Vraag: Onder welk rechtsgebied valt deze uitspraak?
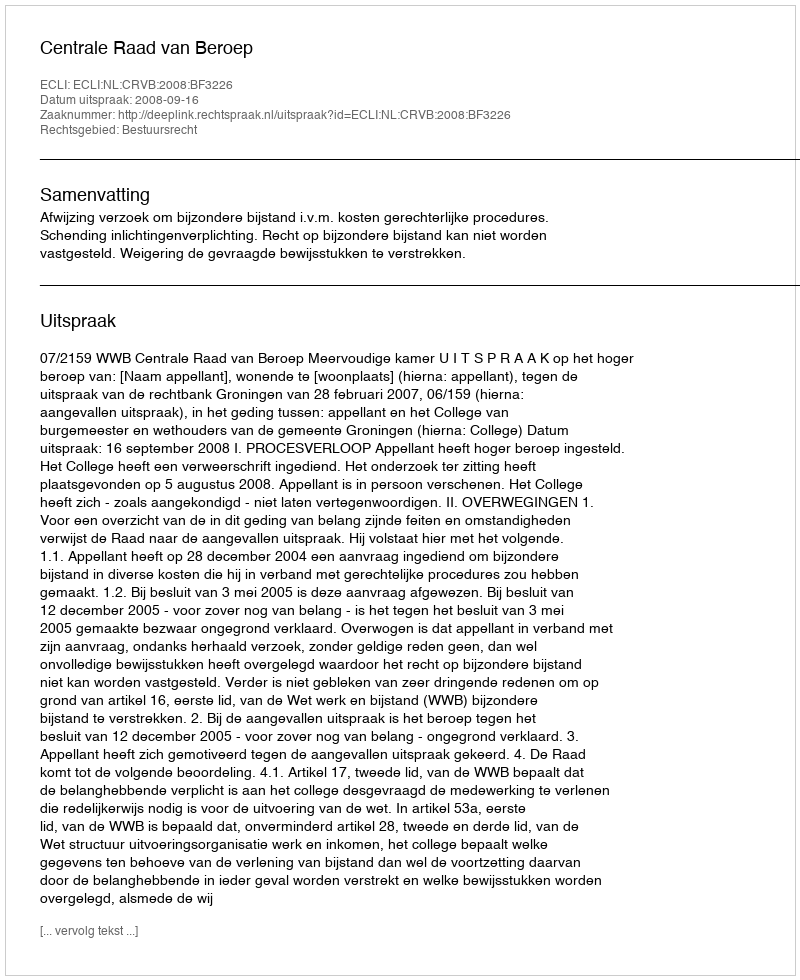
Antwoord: Bestuursrecht